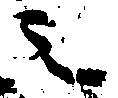
之